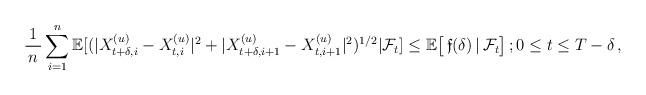
LaTeX: \begin{align*} \frac{\,1\,}{\,n\,} \sum_{i=1}^{n} \mathbb E [ (\lvert X_{t+\delta, i}^{(u)} - X_{t, i}^{(u)} \rvert^{2}+ \lvert X_{t+\delta, i+1}^{(u)} - X_{t, i+1}^{(u)} \rvert^{2})^{1/2} \vert \mathcal F_{t} ] \le \mathbb E \big [ \, \mathfrak f(\delta) \, \vert \, \mathcal F_{t} \big ] \, ; 0 \le t \le T-\delta \, , \end{align*}